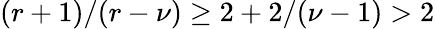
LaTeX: (r+1)/(r-\nu)\geq 2+2/(\nu-1)>2